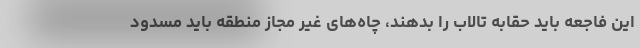
این فاجعه باید حقابه تالاب را بدهند، چاه‌های غیر مجاز منطقه باید مسدود